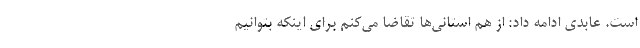
است. عابدی ادامه داد: از هم استانی‌ها تقاضا می‌کنم برای اینکه بتوانیم